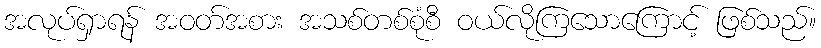
အလုပ်ရှာရန် အဝတ်အစား အသစ်တစ်စုံစီ ဝယ်လိုကြသောကြောင့် ဖြစ်သည်။